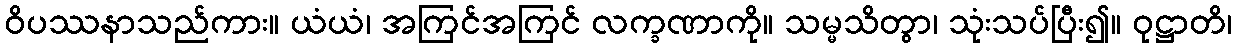
ဝိပဿနာသည်ကား။ ယံယံ၊ အကြင်အကြင် လက္ခဏာကို။ သမ္မသိတွာ၊ သုံးသပ်ပြီး၍။ ဝုဋ္ဌာတိ၊